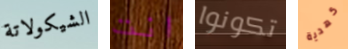
الشيكولاتة انت تكونوا كهدية